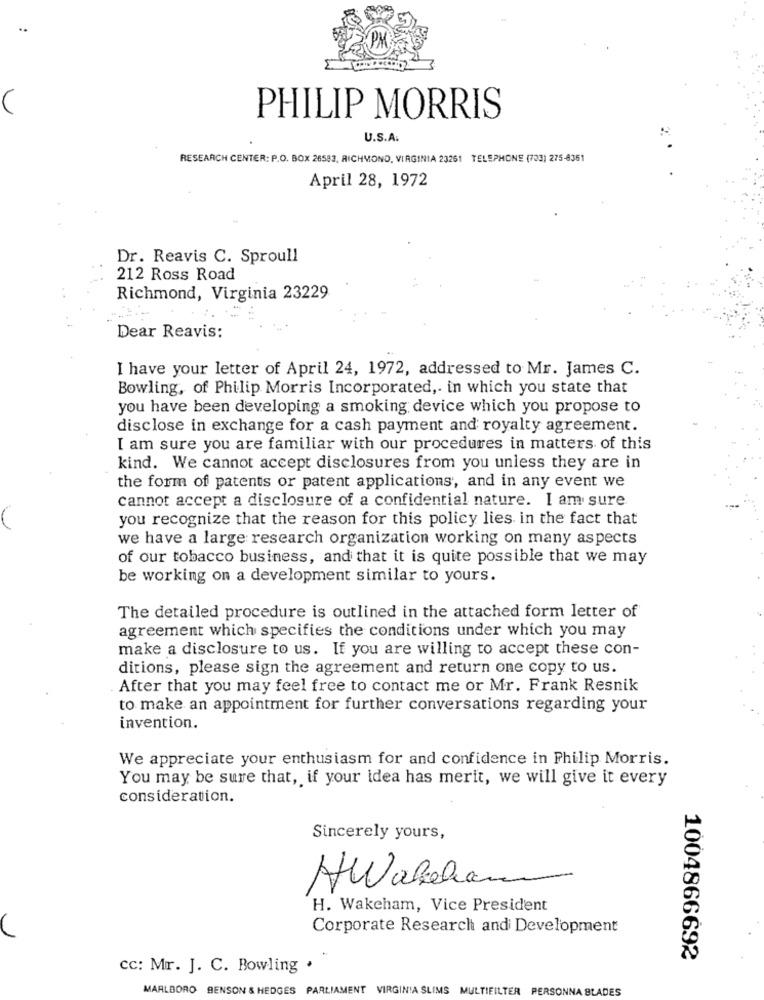
..
V
PHILIP MORRIS
U.S.A.
RESEARCH CENTER: P.O. BOX 26583, RICHMOND, VIRGINIA 23261 TELEPHONE (703) 275-8361
April 28, 1972
Dr. Reavis C. Sproull
212 Ross Road
Richmond, Virginia 23229
Dear Reavis:
I have your letter of April 24, 1972, addressed to Mr. James C.
Bowling, of Philip Morris Incorporated ,. in which you state that
you have been developing a smoking device which you propose to
disclose in exchange for a cash payment and royalty agreement.
I am sure you are familiar with our procedures in matters of this
kind. We cannot accept disclosures from you unless they are in
the form of patents or patent applications, and in any event we
cannot accept a disclosure of a confidential nature. I am sure
you recognize that the reason for this policy lies in the fact that
we have a large research organization working on many aspects
of our tobacco business, and that it is quite possible that we may
be working on a development similar to yours.
The detailed procedure is outlined in the attached form letter of
agreement which specifies the conditions under which you may
make a disclosure to us. If you are willing to accept these con-
ditions, please sign the agreement and return one copy to us.
After that you may feel free to contact me or Mr. Frank Resnik
to make an appointment for further conversations regarding your
invention.
We appreciate your enthusiasm for and confidence in Philip Morris.
You may be sure that, if your idea has merit, we will give it every
consideration.
Sincerely yours,
AWakeham
H. Wakeham, Vice President
Corporate Research and Development
1004866692
cc: Mr. J. C. Bowling .
MARLBORO BENSON & HEDGES PARLIAMENT VIRGINIA SLIMS MULTIFILTER PERSONNA BLADES